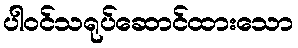
ပါဝင်သရုပ်ဆောင်ထားသော